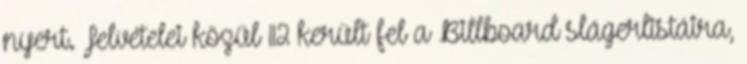
nyert. Felvételei közül 112 került fel a Billboard slágerlistáira,